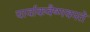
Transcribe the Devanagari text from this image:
चार्वाकवैष्णवमते